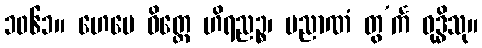
၁၀၆၁။ ဟေမေ ဝိတ္တေ ဟိရညဉ္စ၊ ပညာဏံ တွ’င်္က ဝုဒ္ဓိသု။